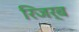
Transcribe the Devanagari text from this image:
रिजर्ब